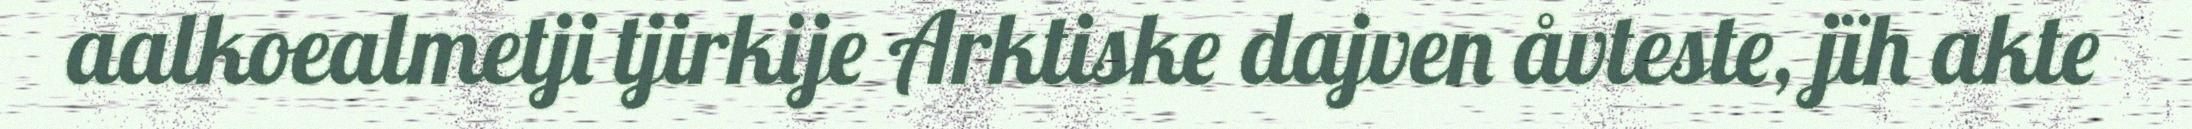
aalkoealmetji tjirkije Arktiske dajven åvteste, jïh akte